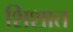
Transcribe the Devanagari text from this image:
शिशात